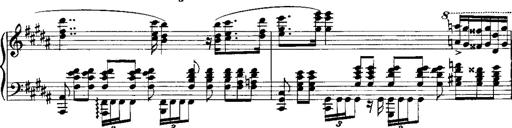
Title: RÃ©miniscences de Norma de Bellini
Composer: Franz Liszt